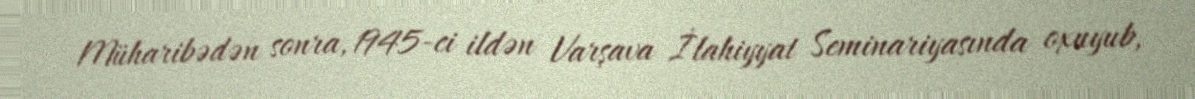
Müharibədən sonra, 1945-ci ildən Varşava İlahiyyat Seminariyasında oxuyub,